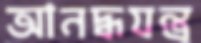
আনদ্ধযন্ত্র